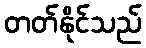
တတ်နိုင်သည်